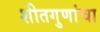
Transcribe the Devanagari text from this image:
शीतगुणांचा